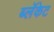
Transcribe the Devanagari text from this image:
ब्लॅकेट